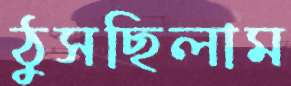
ঠুসছিলাম